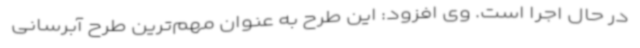
در حال اجرا است. وی افزود: این طرح به عنوان مهم‌ترین طرح آبرسانی